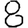
Digit: 8